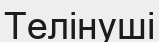
Телінуші